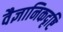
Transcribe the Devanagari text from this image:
वैज्ञानिकदृष्टि